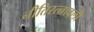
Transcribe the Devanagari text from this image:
नीतिरत्नावली